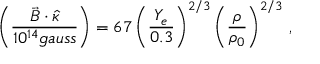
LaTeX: \left( \frac { \vec { B } \cdot \hat { \kappa } } { 1 0 ^ { 1 4 } g a u s s } \right) = 6 7 \left( \frac { Y _ { e } } { 0 . 3 } \right) ^ { 2 / 3 } \left( \frac { \rho } { \rho _ { 0 } } \right) ^ { 2 / 3 } \, ,